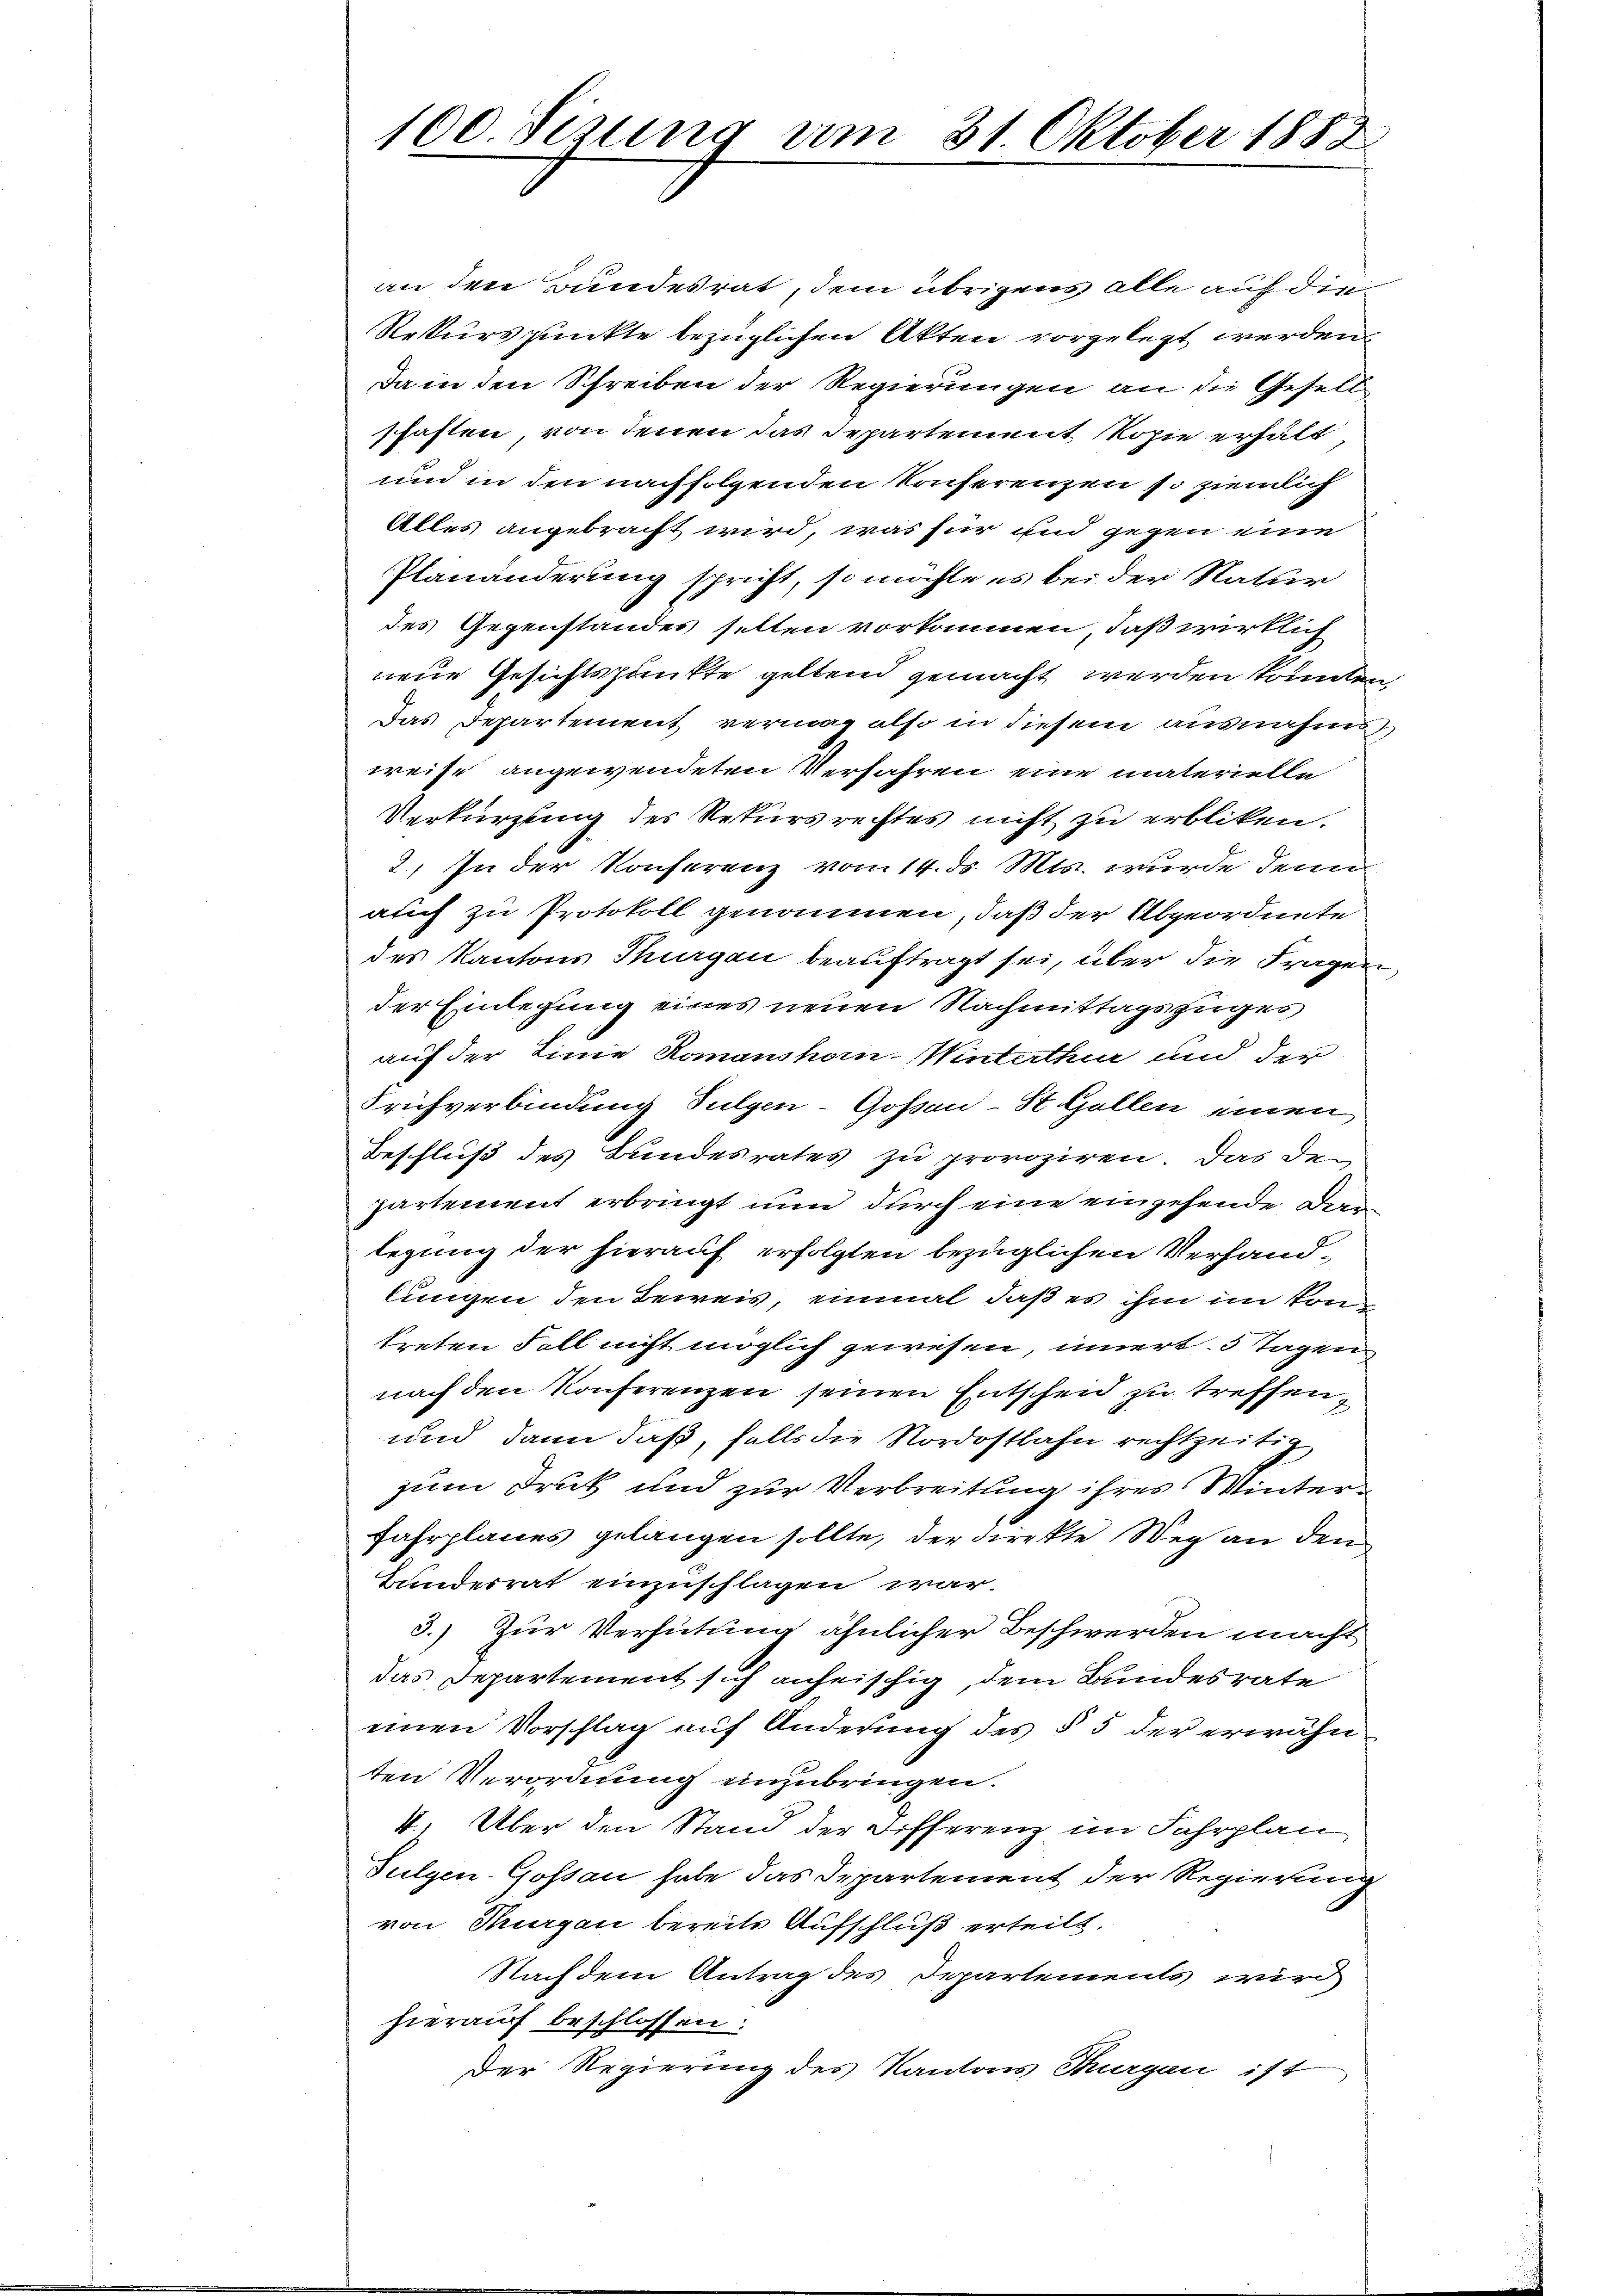
100. Sizung am 31. Oktober 1883

an den Bundesrat, dem übrigens alle auf die
Rekurspunkte bezüglichen Akten vorgelegt werden.
Da in den Schreiben der Regierungen an die Gesellschaften, von denen das Departement Kopie erhält
und in den nachfolgenden Konferenzen so ziemlich
Alles angebracht wird, was für und gegen eine
Planänderung spricht, so möchte es bei der Natur
des Gegenstandes selten vorkommen, daß wirklich
neue Gesichtspunkte geltend gemacht werden könnten
Das Departement vermag also in diesem ausnahms
weise angewendeten Verfahren eine materielle
Verkürzung des Rekursrechtes nicht zu erbliken.
2.) In der Konferenz vom 14. ds. Mts. wurde denen
auch zu Protokoll genommen, daß der Abgeordnete
des Kantons Thurgau beauftragt sei, über die Fragen
der Einlegung eines neuen Nachmittagszuges
auf der Linie Romanshorn Winterthur und der
Frifverbindung Sulgen-Goßau-St. Gallen einen
Beschluß des Bundesrates zu provoziren. Das De-
partement erbringt nun durch eine eingehende den
legung der hierauf erfolgten bezüglichen Verhandlungen den Beweis, einmal daß es ihm im konn
treten Fall nicht möglich gewesen, innert. 5 Tagen
nach den Konferenzen seinen Entscheid zu treffen,
und dann daß, falls die Nordostbahn rechtzeitig
zum Druk und zur Verbreitung ihres Winter¬
Fahrplanes gelangen sollte, der Direkte Weg an den
Bundesrat einzuschlagen war.
3.) Zur Verhütung ähnlicher Beschwerden macht
das Departement sich anheischig, dem Bundesrate
einen Vorschlag auf Änderung des § 5 der erwähnten Verordnung einzubringen.
4. Über den Stand der Differenz im Fahrplan
Sulgen-Gossau habe das Departement der Regierung
von Thurgau bereits Aufschluß erteilt.
Nachdem Antrag des Departements wird
hierauf beschlossen:
Der Regierung des Kantons Thurgau ist